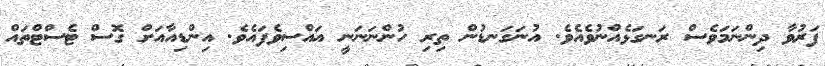
ފަރުވާ ދިންނަމަވެސް ރަނގަޅެއްނުވެއެވެ. އުނަގަނޑުން ތިރި ހުންނަނަނީ އައްސިވެފައެވެ. އިންޑިއާއަށް ގޮސް ޓެސްޓްތައް